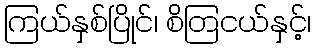
ကြယ်နှစ်ပြိုင်၊ စိတြငယ်နှင့်၊